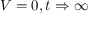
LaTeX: V = 0 , t \Rightarrow \infty